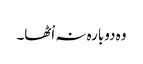
وہ دوبارہ نہ اْٹھا۔